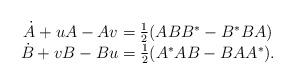
LaTeX: \begin{align*} \begin{matrix}\dot A +uA-Av=\frac{1}{2}(AB B^\ast-B^\ast B A)\\ \dot B+vB-Bu=\frac{1}{2}(A^\ast A B-BAA^\ast). \end{matrix}\end{align*}